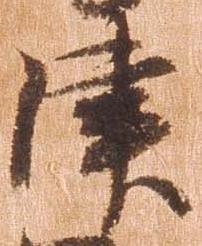
津